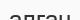
алған